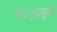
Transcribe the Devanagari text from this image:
वर्ाांपूवी